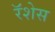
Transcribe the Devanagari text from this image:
रॅशेस